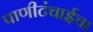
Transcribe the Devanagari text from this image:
पाणीटंचाईचा